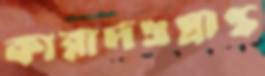
কারাদণ্ডপ্রাপ্ত